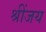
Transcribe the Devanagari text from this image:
श्रींजय